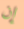
إن